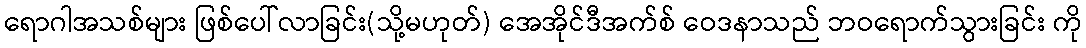
ရောဂါအသစ်များ ဖြစ်ပေါ်လာခြင်း(သို့မဟုတ်) အေအိုင်ဒီအက်စ် ဝေဒနာသည် ဘဝရောက်သွားခြင်း ကို